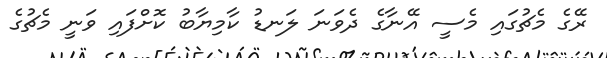
ރޭގެ މެޗުގައި މެސީ އޭނާގެ ދެވަނަ ލަނޑު ކާމިޔާބު ކޮށްފައި ވަނީ މެޗުގެ